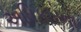
અધિકારના